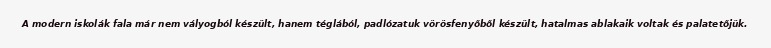
A modern iskolák fala már nem vályogból készült, hanem téglából, padlózatuk vörösfenyőből készült, hatalmas ablakaik voltak és palatetőjük.